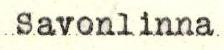
Savonlinna